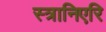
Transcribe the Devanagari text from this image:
स्त्रानिएरि